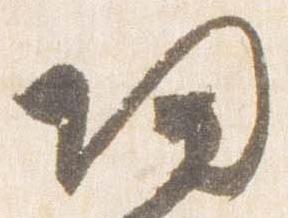
帰